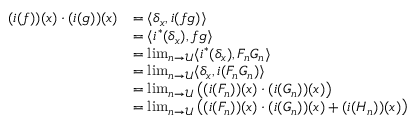
\begin{array} { r l } { ( i ( f ) ) ( x ) \cdot ( i ( g ) ) ( x ) } & { = \langle \delta _ { x } , i ( f g ) \rangle } \\ & { = \langle i ^ { * } ( \delta _ { x } ) , f g \rangle } \\ & { = \operatorname* { l i m } _ { n \to \mathscr { U } } \langle i ^ { * } ( \delta _ { x } ) , F _ { n } G _ { n } \rangle } \\ & { = \operatorname* { l i m } _ { n \to \mathscr { U } } \langle \delta _ { x } , i ( F _ { n } G _ { n } ) \rangle } \\ & { = \operatorname* { l i m } _ { n \to \mathscr { U } } \big ( ( i ( F _ { n } ) ) ( x ) \cdot ( i ( G _ { n } ) ) ( x ) \big ) } \\ & { = \operatorname* { l i m } _ { n \to \mathscr { U } } \big ( ( i ( F _ { n } ) ) ( x ) \cdot ( i ( G _ { n } ) ) ( x ) + ( i ( H _ { n } ) ) ( x ) \big ) } \end{array}